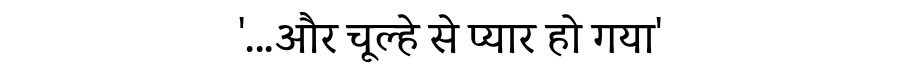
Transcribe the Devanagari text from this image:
'...और चूल्हे से प्यार हो गया'